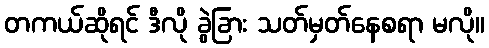
တကယ်ဆိုရင် ဒီလို ခွဲခြား သတ်မှတ်နေစရာ မလို။